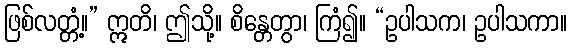
ဖြစ်လတ္တံ့။” ဣတိ၊ ဤသို့။ စိန္တေတွာ၊ ကြံ၍။ “ဥပါသက၊ ဥပါသကာ။